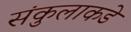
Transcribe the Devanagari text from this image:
संकुलाकडे